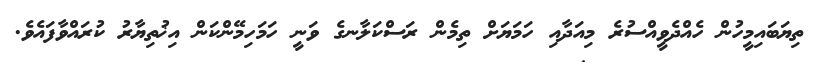
ތިޔަބައިމީހުން ހެއްދެވީއްސުރެ މިއަދާއި ހަމަޔަށް ތިމެން ރަސްކަލާނގެ ވަނީ ހަމަހިމޭންކަން އިޚުތިޔާރު ކުރައްވާފައެވެ.